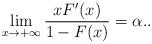
LaTeX: \begin{align*}\lim_{x\rightarrow +\infty} \frac{xF^{\prime}(x)}{1-F(x)}=\alpha. .\end{align*}